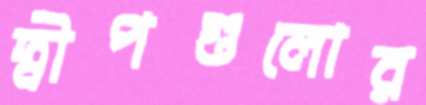
দ্বীপগুলোর